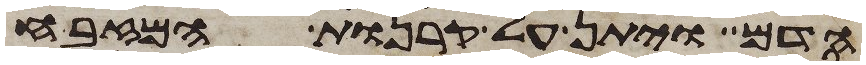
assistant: הדם ויתן על קרנות המזבח